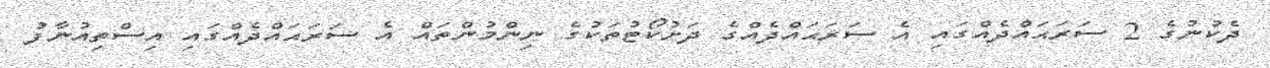
ދެކުނުގެ 2 ސަރަޙައްދެއްގައި އެ ސަރަޙައްދެއްގެ ދަށުކޯޓުތަކުގެ ނިންމުންތައް އެ ސަރަޙައްދެއްގައި އިސްތިއުނާފު